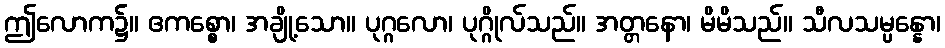
ဤလောက၌။ ဧကစ္စော၊ အချို့သော။ ပုဂ္ဂလော၊ ပုဂ္ဂိုလ်သည်။ အတ္တနော၊ မိမိသည်။ သီလသမ္ပန္နော၊